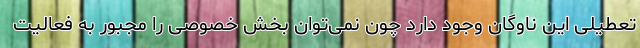
تعطیلی این ناوگان وجود دارد چون نمی‌توان بخش خصوصی را مجبور به فعالیت